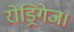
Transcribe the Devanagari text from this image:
रोड्रिगेज।